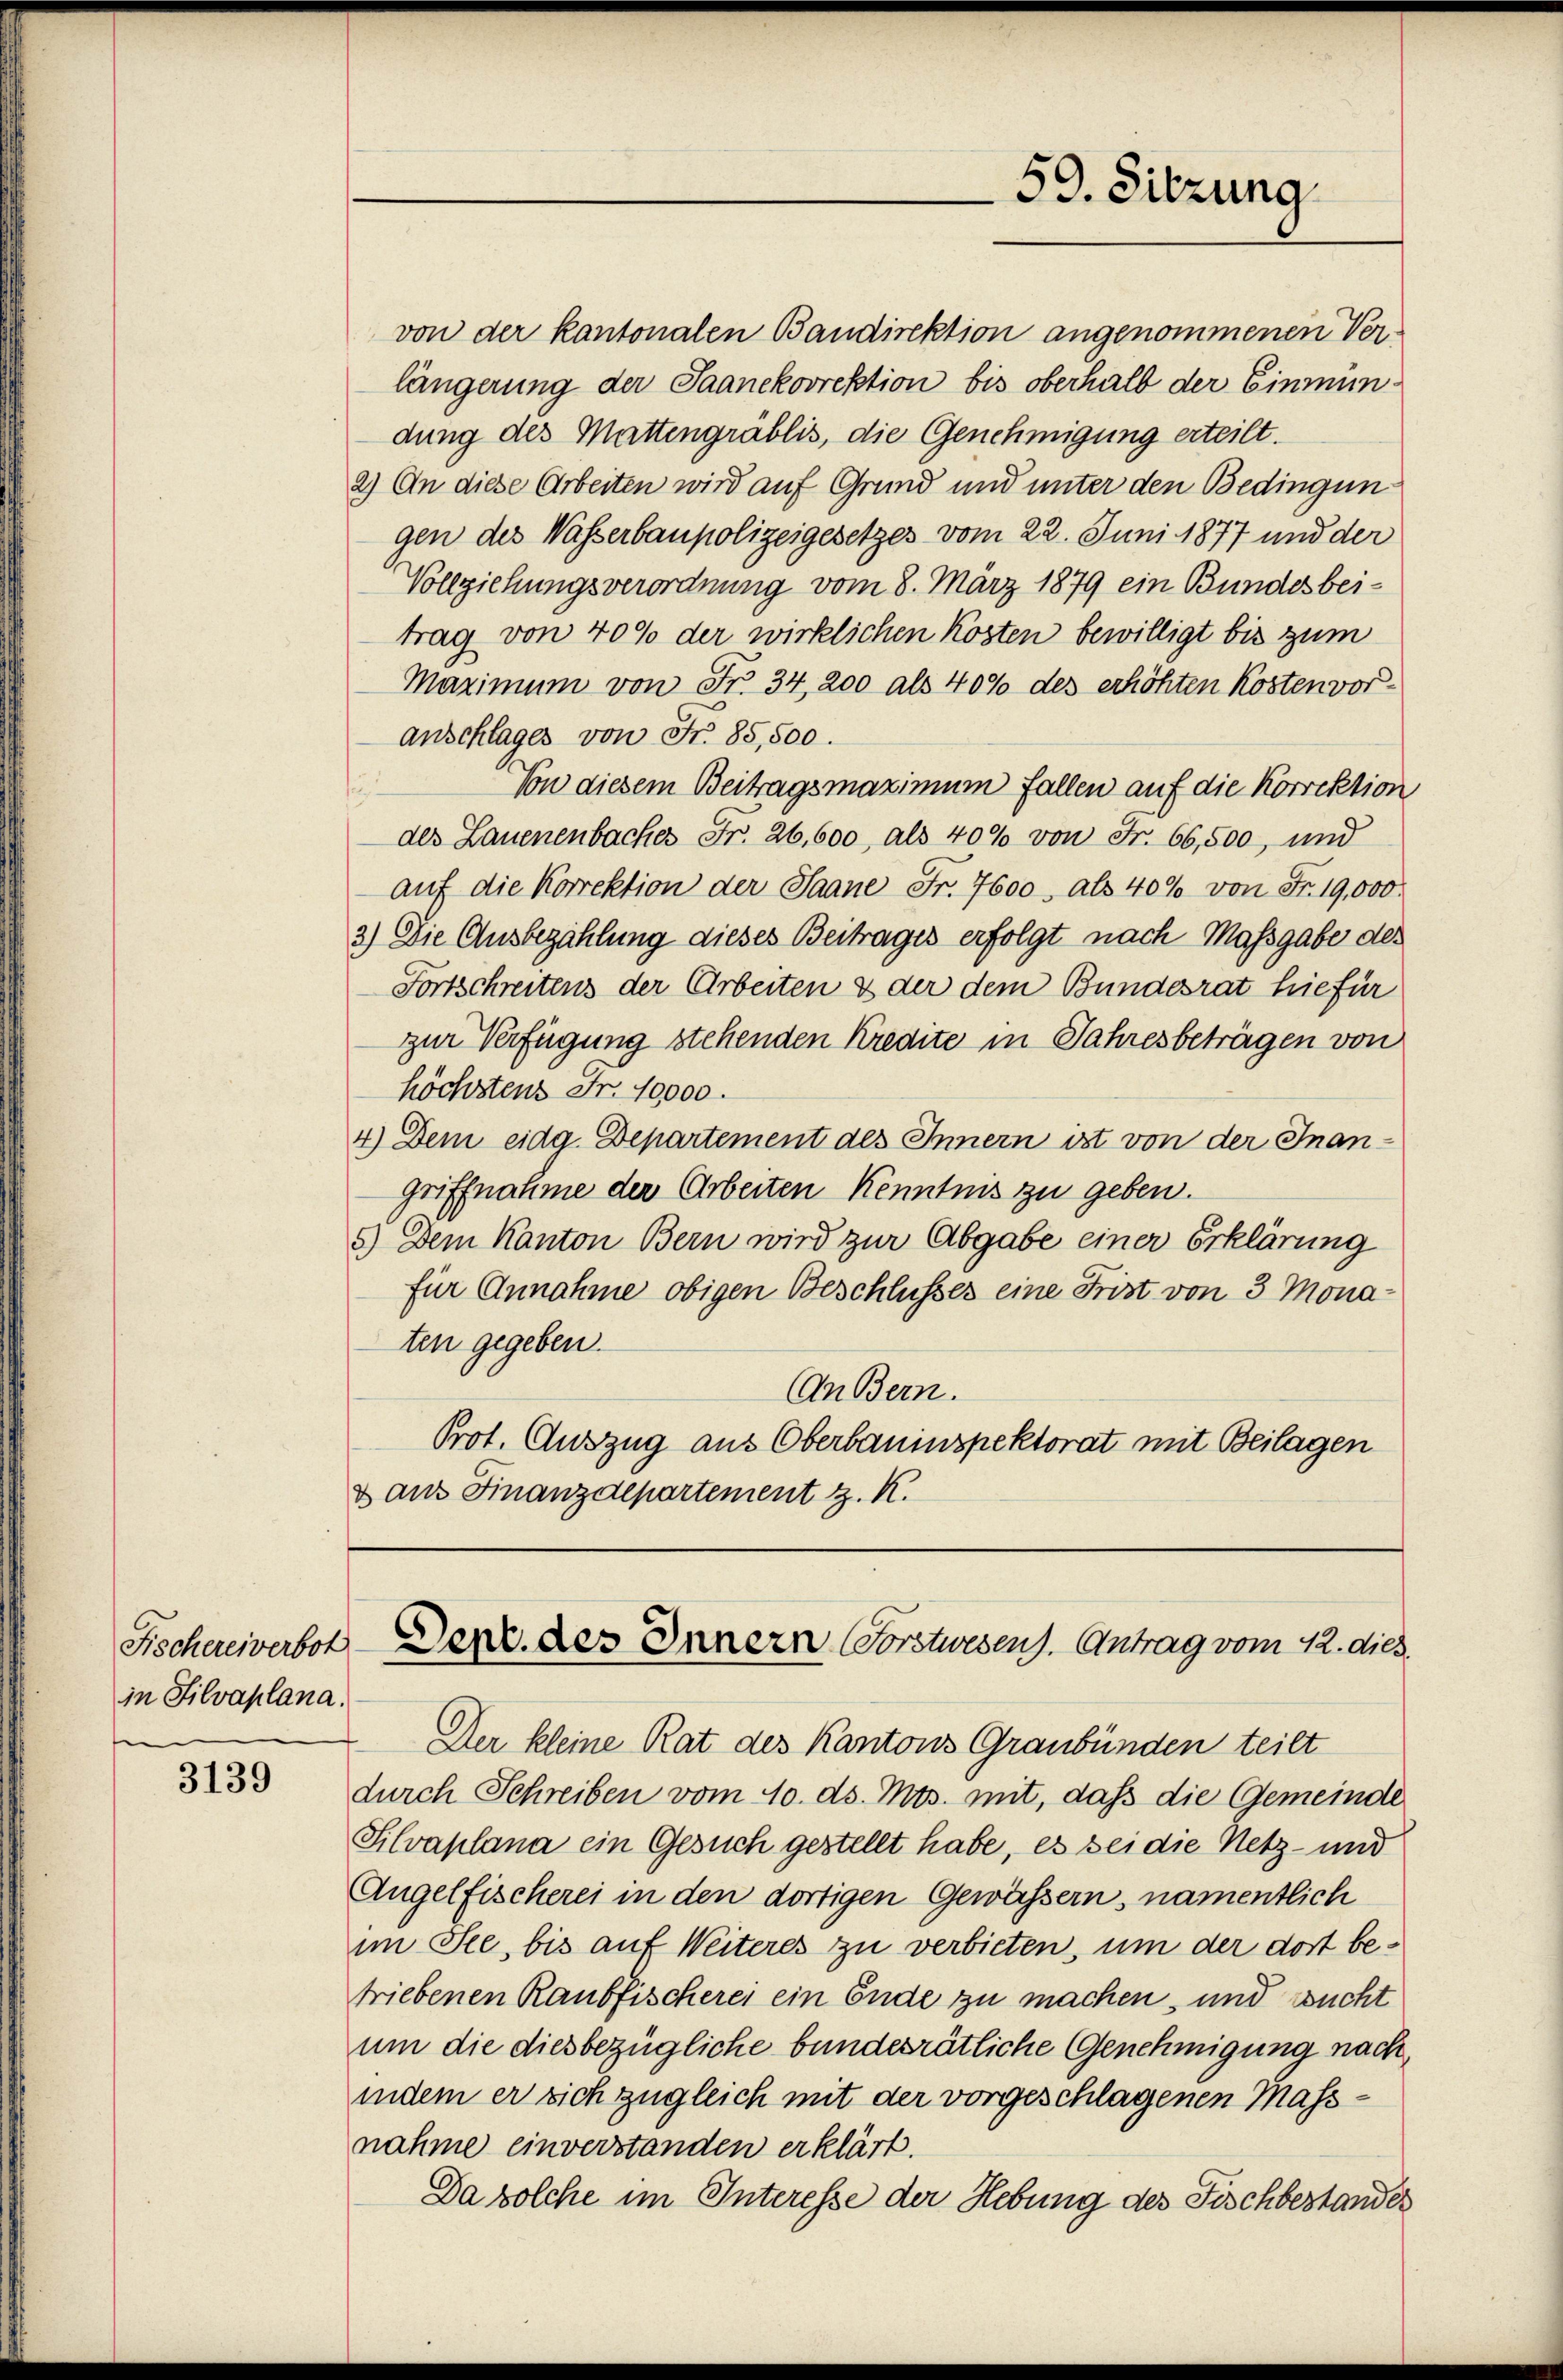
in Silvaplana.
e

3139

von der kantonalen Bandirektion angenommenen Verlängerung der Saanekorrektion bis oberhalb der Einmündung des Mattengräblis, die Genehmigung erteilt.
2.) An diese Arbeiten wird auf Grund und unter den Bedingun
gen des Wasserbaupolizeigesetzes vom 22. Juni 1877 und der
Vollziehungsverordnung vom 8. März 1879 ein Bundesbeitrag von 40% der wirklichen Kosten bewilligt bis zum
Maximum von Fr. 34, 200 als 40% des erhöhten Kosten voranschlages von Nr. 85,500.
Von diesem Beitragsmaximum fallen auf die Korrektion
des Lauenenbacher Fr. 26,600, als 40% von Fr. 66,500, und
aŭf die Korrektion der Saane Fr. 7600, als 40% von Fr. 19,000.
2.) Die Ausbezahlung dieses Beitrages erfolgt nach Massgabe des
Fortschreitens der Arbeiten & der dem Bundesrat hiefür
zur Verfügung stehenden Kredite in Jahresbeträgen von
höchstens Fr. 10000.
4.) Dem eidg. Departement des Innern ist von der Inan-
griffnahme der Arbeiten Kenntnis zu geben.
5.) Dem Kanton Bern wird zur Abgabe einer Erklärung
für Annahme obigen Beschlusses eine Frist von 3 Monaten gegeben.
An Bern.
Prot. Auszug aus Oberbauinspektorat mit Beilagen
& aus Finanzdepartement z. K.

Der kleine Rat des Kantons Graubünden teilt
durch Schreiben vom 10. ds. Mts. mit, daß die Gemeinde
Silvaplana ein Gesuch gestellt habe, es bei die Netz- und
Angelfischerei in den dortigen Gewässern, namentlich
im See, bis auf Weiteres zu verbieten, um der dort betriebenen Raubfischerei ein Ende zu machen, und wucht
um die diesbezügliche bundesrätliche Genehmigung nach,
indem er sich zugleich mit der vorgeschlagenen Massnahme einverstanden erklärt.
Da solche im Interesse der Hebung des Fischbestandes

59. Sitzung.

Fischereiverbot-Derz. des Innern Forstwesen. Antrag vom 12. dies